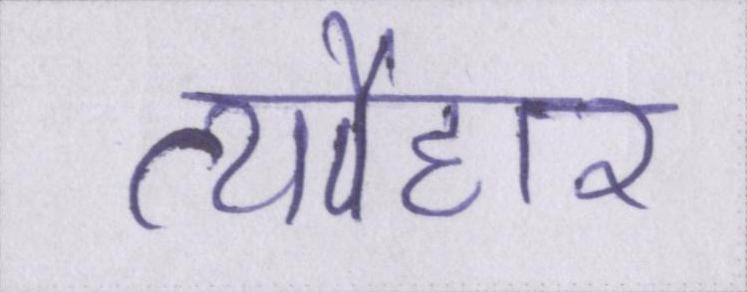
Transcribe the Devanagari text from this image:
त्यौहार